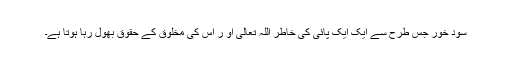
سود خور جس طرح سے ایک ایک پائی کی خاطر اللہ تعالیٰ او ر اس کی مخلوق کے حقوق بھول رہا ہوتا ہے۔